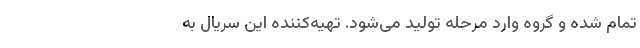
تمام شده و گروه وارد مرحله تولید می‌شود. تهیه‌کننده این سریال به